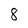
Character: 8